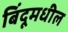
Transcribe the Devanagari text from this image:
बिंदूमधील